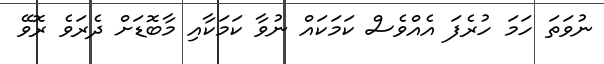
ނުވަތަ ހަމަ ހުރެފަ އެއްވެސް ކަމަކައް ނުވާ ކަމަކާއި މާބޮޑަށް ދެރަވެ ރޮވޭ